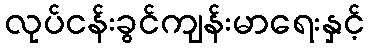
လုပ်ငန်းခွင်ကျန်းမာရေးနှင့်